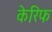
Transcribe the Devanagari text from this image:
केरिफ